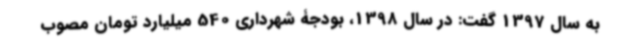
به سال 1397 گفت: در سال 1398، بودجۀ شهرداری 540 میلیارد تومان مصوب